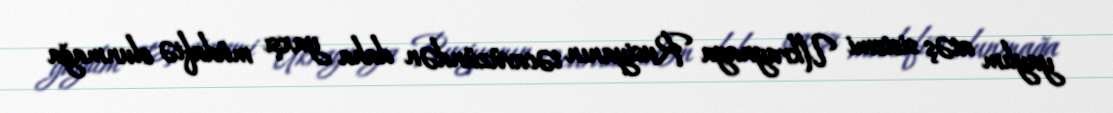
yaylım atəş sistemi Ukraynaya Rusiyanın təcavüzündən daha yaxşı müdafiə olunmağa